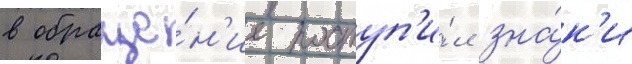
в обраще́н'ие поступ'и́л зна́к'и